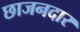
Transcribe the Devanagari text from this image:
छाजनदार